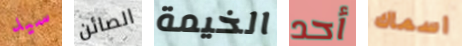
سيد الصائن الخيمة أحد اسماك